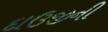
દાઉજીની